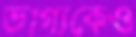
ভাগ্যকেও